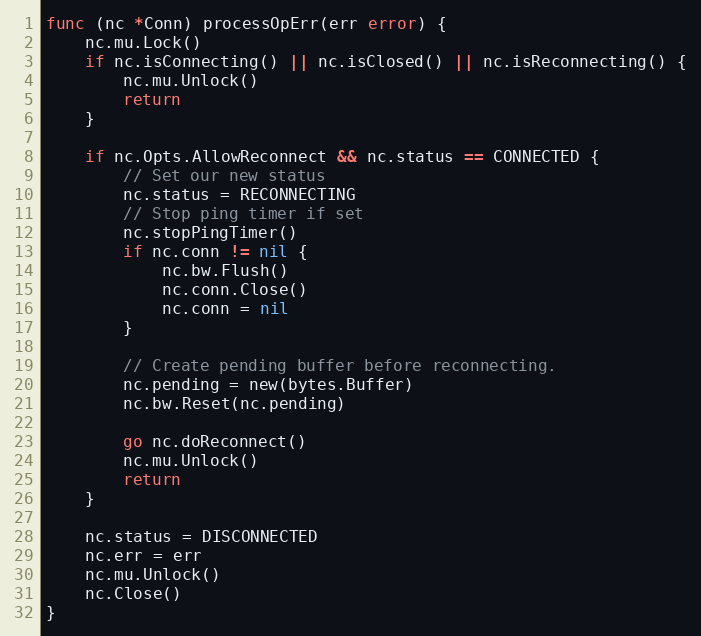
Language: Go
func (nc *Conn) processOpErr(err error) {
	nc.mu.Lock()
	if nc.isConnecting() || nc.isClosed() || nc.isReconnecting() {
		nc.mu.Unlock()
		return
	}

	if nc.Opts.AllowReconnect && nc.status == CONNECTED {
		// Set our new status
		nc.status = RECONNECTING
		// Stop ping timer if set
		nc.stopPingTimer()
		if nc.conn != nil {
			nc.bw.Flush()
			nc.conn.Close()
			nc.conn = nil
		}

		// Create pending buffer before reconnecting.
		nc.pending = new(bytes.Buffer)
		nc.bw.Reset(nc.pending)

		go nc.doReconnect()
		nc.mu.Unlock()
		return
	}

	nc.status = DISCONNECTED
	nc.err = err
	nc.mu.Unlock()
	nc.Close()
}